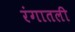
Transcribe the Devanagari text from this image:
रंगातली